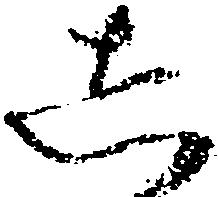
し